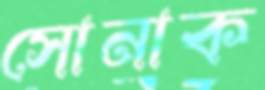
সোনাক